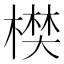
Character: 𣙑